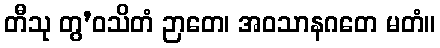
တီသု တွ’ဝသိတံ ဉာတေ၊ အဝသာနဂတေ မတံ။